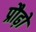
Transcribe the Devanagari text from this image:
प्रौढ़ो